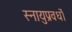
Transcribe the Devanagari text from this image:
स्नायुप्रवर्धों